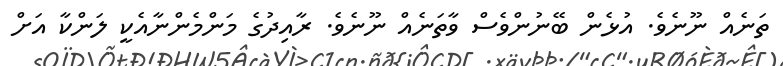
ތަނެއް ނޫނެވެ. އުޅެން ބޭނުންވެސް ވާތަނެއް ނޫނެވެ. ރާއިދުގެ މަންމެންނާއެކީ ލަންކާ އަށް